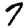
Digit: 7